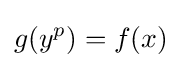
g(y^{p})=f(x)